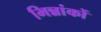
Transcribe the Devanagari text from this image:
भिन्नांकों